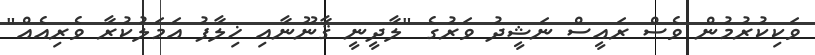
ވަކިކުރުމުން ވެސް ރައީސް ނަޝީދު ވަރުގެ "ލާދީނީ ޤާނޫނާއި ޚިލާފު އަމަލުކުރާ ވެރިއެއް"